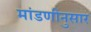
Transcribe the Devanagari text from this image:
मांडणीनुसार